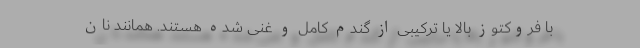
با فروکتوز بالا یا ترکیبی از گندم کامل و غنی شده هستند. همانند نان